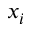
x _ { i }